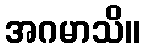
အဂမာသိ။